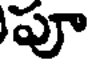
పూ